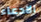
الادعاء